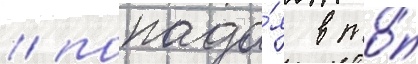
/ попада́я в то́п